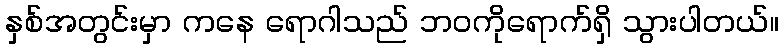
နှစ်အတွင်းမှာ ကနေ ရောဂါသည် ဘဝကိုရောက်ရှိ သွားပါတယ်။